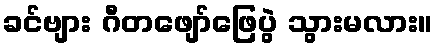
ခင်ဗျား ဂီတဖျော်ဖြေပွဲ သွားမလား။